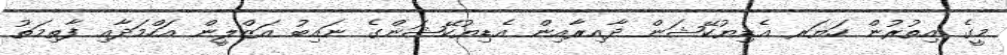
މީގެ އިތުރުން ހަޔަރ އެޑިޔުކޭޝަން ދާއިރާއިން އެޑިޔުކޭޝަންގެ ނައިބު އަޒްލީން އަހްމަދާއި ފާތިމަތު